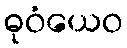
ဓုဝံယေဝ